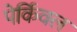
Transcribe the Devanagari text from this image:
पेर्किवल